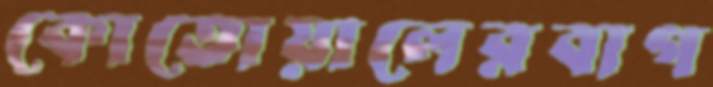
কোতোয়ালেরবাগ